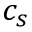
c _ { s }